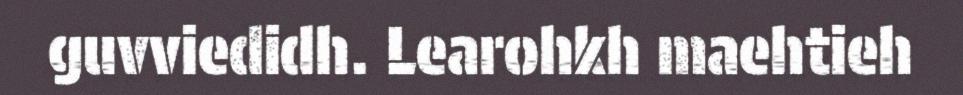
guvviedidh. Learohkh maehtieh